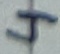
Text: 4